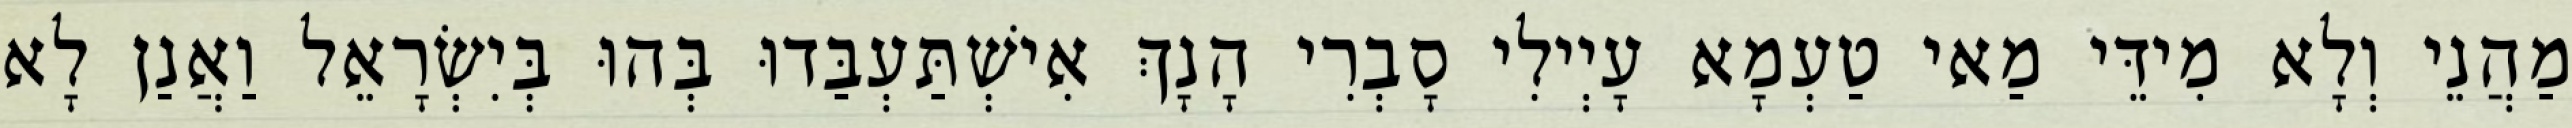
מַהֲנֵי וְלָא מִידֵּי מַאי טַעְמָא עָיְילִי סָבְרִי הָנָךְ אִישְׁתַּעְבַּדוּ בְּהוּ בְּיִשְׂרָאֵל וַאֲנַן לָא